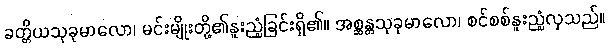
ခတ္တိယသုခုမာလော၊ မင်းမျိုးတို့၏နူးညံ့ခြင်းရှိ၏။ အစ္ဆန္တသုခုမာလော၊ စင်စစ်နူးညံ့လှသည်။